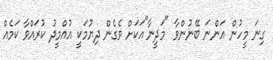
ގިނަ މީހުން އަންނަ ބޭނުންވާ "މަދީނާ"އަކަށް ވެގެން ދިޔުމަކީ އުއްމީދު ކުރައްވާ ކަމެއް